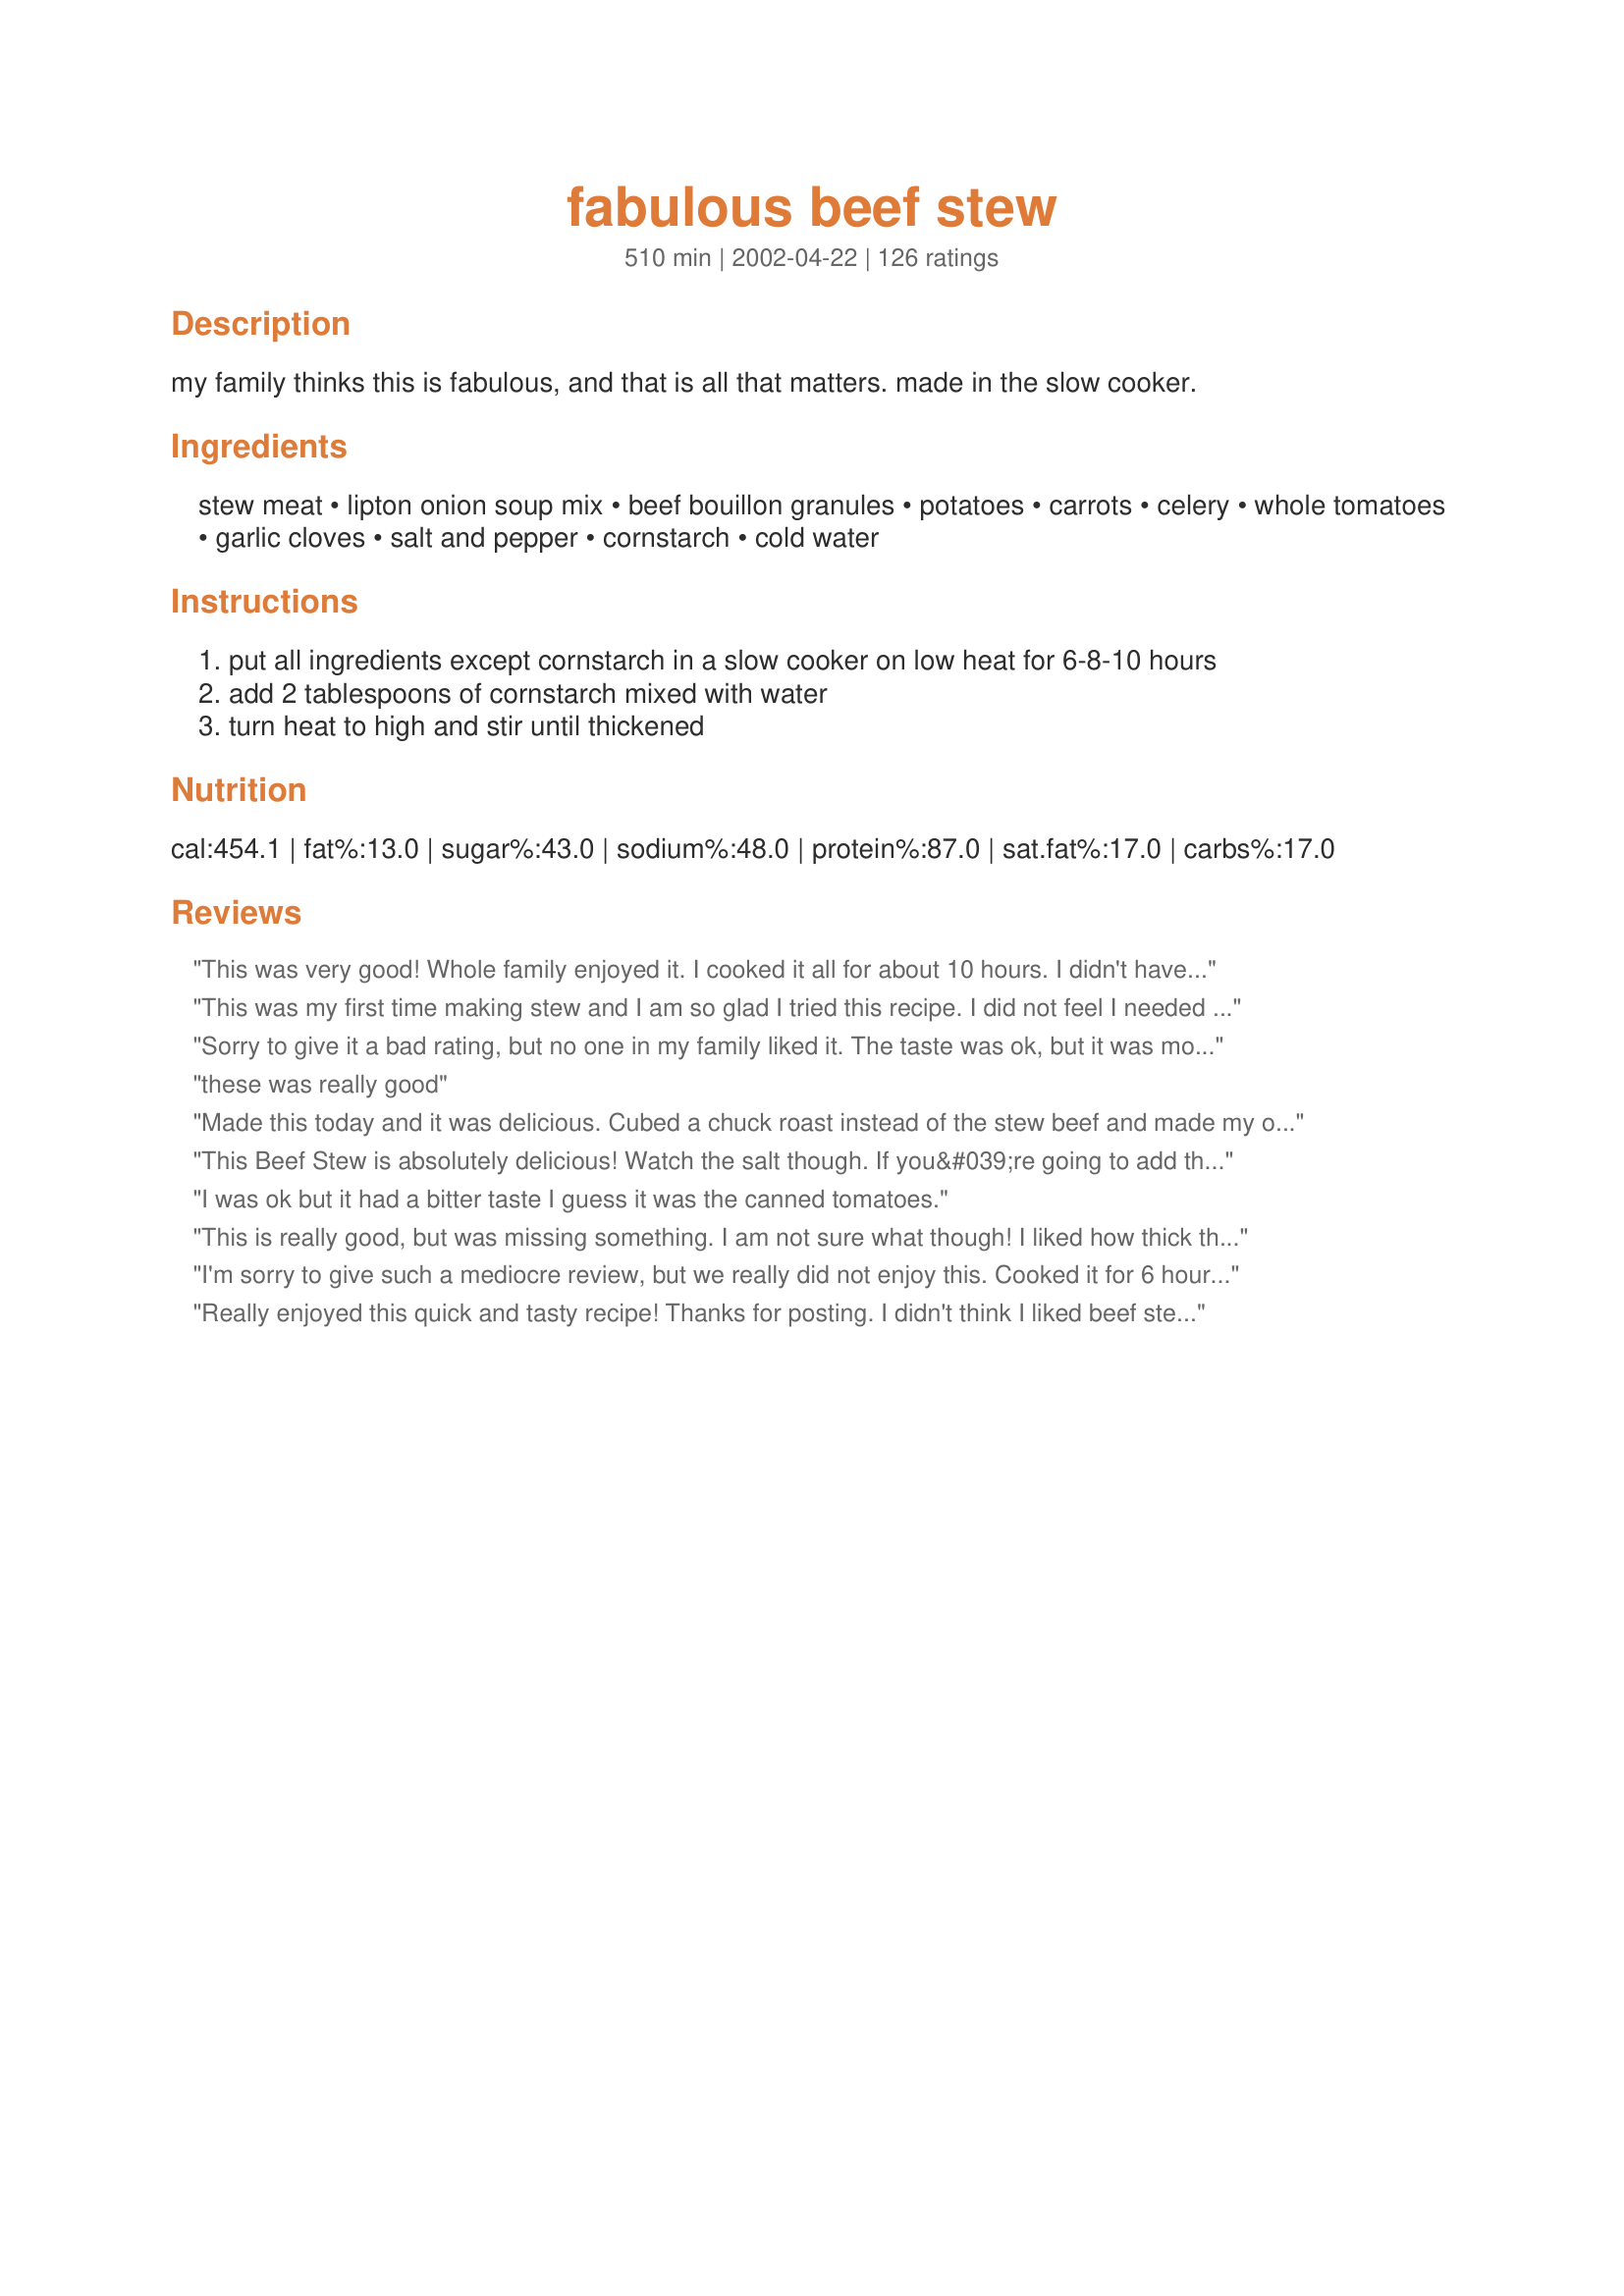
fabulous beef stew
Preparation time: 510 minutes

my family thinks this is fabulous, and that is all that matters. made in the slow cooker.

Ingredients:
stew meat, lipton onion soup mix, beef bouillon granules, potatoes, carrots, celery, whole tomatoes, garlic cloves, salt and pepper, cornstarch, cold water

Steps:
put all ingredients except cornstarch in a slow cooker on low heat for 6-8-10 hours
add 2 tablespoons of cornstarch mixed with water
turn heat to high and stir until thickened

Reviews:
This was very good! Whole family enjoyed it. I cooked it all for about 10 hours. I didn't have the beef bouillon granules so I used 1/2 cup of beef broth. I also used two 14.5 oz cans of diced tomatoes instead of the one can whole tomatoes. I left out the celery but that is just because I didn't have the time to chop it all up. Still was excellent. Thanks!
This was my first time making stew and I am so glad I tried this recipe. I did not feel I needed to add the cornstarch at the end, it was already the perfect consistency. I made Recipe #116185 with it and it was delicious. Thanks for posting, we will be making this again!
Sorry to give it a bad rating, but no one in my family liked it. The taste was ok, but it was mor like Veg beef soup in taste and color to me. I guess I will go back to making my tried and true version of stew..Glad others are enjoying it so much.
these was really good
Made this today and it was delicious. Cubed a chuck roast instead of the stew beef and made my own soup mix (see Recipe 110331-Homemade Dry Onion Soup Mix) instead of the Lipton's.
Very hearty and filling; perfect and complete meal for the winter months! Thank you for posting.
This Beef Stew is absolutely delicious! Watch the salt though. If you&#039;re going to add the entire package of onion soup mix don&#039;t add any more salt or the broth tastes too salty. This is my Slow Cooker Beef Stew recipe now. Won&#039;t use any other recipe!
I was ok but it had a bitter taste I guess it was the canned tomatoes.
This is really good, but was missing something. I am not sure what though! I liked how thick the sauce was, and overall it was a great soup for a cold winter day. Thanks for the recipe!
I'm sorry to give such a mediocre review, but we really did not enjoy this. Cooked it for 6 hours on low and the meat was very dried out. There was no liquid so all you really tasted was the tomato. Maybe if I were to make it again I would add some beef broth.
Really enjoyed this quick and tasty recipe! Thanks for posting. I didn't think I liked beef stew but this was really good. I did add a can of water to the ingredients because it seemed too dry otherwise. With the cornstarch added at the end it was perfect.
My husband and I love thick, hearty stews. This was a good one and best of all, I love that it's made in a crock-pot. Makes getting dinner ready so much easier. The onion soup gives it just the right amount of seasoning. I used a big 28 oz. can of tomatoes which seemed about right. Thanks Nurse Di. I love your recipes.
When I think of beef stew, this is it. It tastes just like the beef stew that comes out of a can (like Hormel) "only fresher" as my husband put it. It's pretty bland for my tastes, but I think that's what beef stew is supposed to be. I did use a can of diced tomatoes rather than whole tomatoes because that's what I had.
I LOVE this stew! Everything about it is YUMMY! I have made it with and without the cornstarch and I must say I think it taste much BETTER without it. I find that it gets thick enough from the startchy potatoes. I do add in a little garlic powder, an extra clove or 2 of garlic to give it a little boost and I some corn....other then that nada. This recipe is DEF. KEEPER! Thanks for this wonderful comfort food to keep us warm during the chilly months.
Thank you so much for this Fast, Easy and delicious recipe! Very little time or ingrediens but this is the most amazing stew I ever had, so easy and delish!...The only thing I changed was I floured the stew meat and browned in a frying pan with a little olive oil before adding to the crockpot. I will say in the beginning I was a little "scared" as the mixture was very salty (tasted before I added beef), but after 6 hours of cooking it was PERFECT!...the meat was so tender it fell apart...perfect stew for a cold night served with nice warm rolls! I have raved to all my friends and passed your recipe on to them!
Fantastic recipe! This comes out perfect. The soup mix is a wonderful addition.
Just what I was looking for and so easy too! I followed the recipe except I used a large can of tomato sauce instead of the can of tomatoes since my kids don't like the chunks of tomato in their stew. I also added some Orzo pasta at the end of cooking. I served this with southern cornbread and my kids loved it. Thanks!!!
This stew was amazing! The only change I made was using 1/2 the amount of tomatoes since DH is not a big fan. This was so easy to put together, will be making this again. Made for I Recommend Holiday Tag.
This was good and easy to make. I followed the recipe exactly as written other then I didn't add the celery and I used a can of crushed tomatoes instead of whole tomatoes. I also didn't need the cornstarch and water to thickened as mine thickened up nicely without it. This had a good taste to it. Mine cooked up in six hours.
This stew is so delicious and just perfect for the cool fall weather! Thanks!
My family really enjoyed this.It was pretty quick for a beef stew. I used a copycat onion soup recipee and I didnt have any fresh veggies so I added 3 cans of canned mixed veggies. It turned out fine. I was looking for a somewhat quick and easy meal that would be soft enough for my husband to eat.(he just had all his top teeth pulled.It worked great.The family loved and bragged on it. So thank you.As for myself I liked it but I thought the tomatoe soup flavor was a bit strong, so im going to try and thin that out a little the next time I make, which will probably be soon. It went great with homemade biscuits and butter.Thanks for all the great recipees I have made several of yours
Very good stew! This is the first time I've made beef stew from scratch and am very pleased with the result.Next time I will leave out the tomatoes(I don't care for them). I didn't add the cornstarch b/c DH doesn't like a lot of gravy. DDs both liked it too.Good stuff!!
+ 5 more stars...this was absolutely the best stew. Very flavorful. The only change I will make the next time is to double the recipe. Thanks!
Thanks for a great recipe. I followed some of the tips offered and added a can of Beef Broth rather than the bullion and used Fire Roasted diced tomatoes eliminating the seeds while adding flavor. I also added a couple of Bay Leaves, a cup of Merlot and a bit of Kitchen Bouquet. I also browned my meat first the day before since I was cooking some Chicken Fried Steak. I cooked mine on High for 7-8 hours and kept checking to make sure the potatoes were done. The meat was still tender (I added it after a couple hours) when the potatoes were done. I had cut them in quarters and they were the medium sized White potatoes which another reviewer had problems with. Still in the end they were tasty and everything was cooked properly. I did add the corn starch but since I had so much other extra liquid, I just took a half cup of juice from the pot and mixed in the starch and poured it back in for a half hour. It was perfect. Thanks again.
A truly great stew and will be a regular in our house. I did add an onion and about 2 tbl. of Kitchen Bouquet. Thanks NurseDi for sharing.
I made this the first cold night of the season, and it was perfect! I browned the meat before adding it to the crock pot - and it still took 8 hours to finish cooking on low. That was fine with me because my family likes the taste of a slow cooked beef stew. I think that next time I will use the larger can of tomatoes as other people have suggestions. Overall, this is a great recipe. Thanks so much!!
This is a great recipe! I&#039;ve made this stew several times and it&#039;s always a hit. I like to brown the stew meat in a pan after coating it with flour, paprika, and cumin before adding it to the crock pot. I also like to add a little cumin, hot chilli pepper, mushrooms, fresh green beans, and beef stock instead of granules. Yum! Happy cooking!
My family and I enjoyed this mouth watering stew. I put everything in the crock-pot Saturday morning. We went spent the day finishing up our Christmas shopping and when we got home that evening, we were greeted with an incredible smell. This stew produced soft, tender chunks of beef and vegetables. Heavenly thick and delicious broth. This is the only beef stew recipe for us. Thanks Nurse Di.
OMG!!! This stew is so yummy and was perfect for the cold, harsh weather we have been having. Very easy. I just put all the ingredients in the crock. I used a 28 oz. can of tomatoes and that was just right. Cooked all day. The meat was so tender and well seasoned. No other beef stew for us from now on. This is the one. Thanks Nurse Di.
So easy and so yummy! I did not make any changes and it was perfect. Thanks for sharing!
Excellent and easy recipe. I used diced canned tomatoes instead of whole tomatoes. Thanks for posting.
Very good and easy
Oh so yummy! The only things I did differently was to dredge the beef cubes in flour and brown them before adding to the mix, as a result it was thick enough the cornstarch was not needed. Oh, and I added a bay leaf. Thanks for posting!
Super recipe...quick to put together and fabulous taste...I used the smaller can of tomatoes as suggested by some of the other reviewers...we didn't have any leftovers...thanks for sharing this...it's a keeper.
This was quite delicious. I had to add a little more liquid but that was because my roommate brought home the wrong type of tomatoes. No biggie. I really liked this and served it with homemade cornbread. Will make again! Thanks for posting.
This is fabulous, and so forgiving. I had boiler onions, rutabaga, beef, potatoes, baby carrots, diced tomatoes, jarred chopped garlic, no celery, and only beef bullion cubes. This all still came together so well, and the broth was so rich. The veggies and meat were tender by the end of the day cooking, and they had such fanatstic flavor. I'll definitely be making this again this winter. I didn't use the cornstarch slurry, it was great without it. Thanks!!
I did the prep and cut up a giant pot roast into chunks so I could leave it in the crock pot over night/into the morning because I have a 3 hour class during the day and needed a good meal to bring to work for myself and fiance. I'll just say that even though I was rushing around the house (I was late as usual) the smell emitting from the kitchen stopped me in my tracks. This is my first real beef stew that I've made and it will be the last recipe I search for. So simple and not overbearing with tons of spices, etc. I love it! I'll ask my fiance to leave a review once he tries it tonight!
I added a can of cream of mushroom soup. This is a great stew slow cooked all day!
Awesome recipe. I made several adjustments, because of what I had in the pantry or to suit our personal tastes. Still it is a great basic stew recipe. We ate the leftovers for several days and my husband continued to rave about it to the very last drop.
Made this, wow what a stew!! I made a few subs. I also don't like whole tomoatoes so I used a 28oz can of crushed tomoatoes, and I didn't have onion soup mix (go figure!!) so I used 3 capfuls of onion and herb mrs. dash, and I added a can of corn at the last hour..my family loves corn in their stew. It turned out AMAZING! This recipe is by far the best we've had, even my 16 mo old loved it, and he is soo picky! THANK YOU for a great addition to my rotation!
Wonderful recipe! I dont like roast meat, but using it in this dish made it the best I ever had! It is the only way I will use up my roast from now on! I did make some adjustments per what I had on hand. I used a 15oz can of tomato sauce instead and also garlic powder instead of whole cloves. I doubles almost everything depending what fit in the crockpot! But this turned out to be the best I had. Kids loved it and Hubby loved it. This is a keeper!! Thank you!
Although I'm not a fan of beef stew, my family loves it. This was my first time making it from scratch and boy was it a huge hit! I will definately be making this again. Thanks for making me look like a great cook.
I made this for dinner and me and my wife loved it. I did not make it in a crock pot. I cooked the stew meat in minced onion and garlic cloves. Then brought it all to a boil for about 7 mins then down to a simmer for around 2 hours adding water as it boiled down. Also added a can of store bought corn as my family loves it. Great tasting stew.
I love this recipe - it is so easy and tasty and since I have started to make it I have gone on to repeat every two weeks or so. The only alteration I make is to replace the onion soup mix by slowly caramelizing two onions and adding two beef stock cubes. I do this in a seperate pan then just add it in - doesn't take too much longer. Thanks for posting - it truely is a fabulous beef stew.
This is a good, easy, basic stew recipe. I added about 1/4 c. of leftover red wine. The recipe really filled up my 6 quart slow cooker. I had to cook it the full 10 hours in order to get my meat and potatoes tender.
This recipe DOES have a fabulous flavor and was very easy. We followed the ingredients, except we added about 3/4 cup water and we used top round steak instead of stew meat since that's what we had on hand. We didn't add the water and cornstarch at the end either since it was thick enough for us. Oh, and we put in a can of beans instead of celery. We cooked it on the stove top for about 2.5 hours instead of crockpot. Served with cornbread. So yummy.
This was a very easy to prepare recipe for a family supper. The stew was ready in about 5 hours. Next time I will add a large can of tomatoes instead of a regular sized can and maybe reduce the amount of onion soup mix. Quite tasty for a one dish crockpot meal! Thank you for posting, NurseDi!
i love your recipes. this is another winner. my family liked it so much that i had to quadruple it today so there would be enough for seconds!! the house smelled wonderful. i used lots and lots of carrots, an onion, 4 or 5 celery, 2 envelopes of onion soup, 4 14oz. cans of stewed or cut up tomatos plus 6# of stew meat and the seasonings in your recipe. i ran out of room for potatos. this will be the only beef stew recipe i use from now on. thank you!!
this was super easy and the results were just what i was hoping for. added some diced butternut squash, did the rest as writen.
Yummy easy comfort dish! Used some diced tomatoes and bourguignon beef. Cooked for about 7 hours and the meat came out a bit dry. Would cook less next time! Thanks! :)
I've made this a few times now and it is always great. The only thing I change is the tomatoes ... I don't like whole tomatoes so I'll either run them thru the blender or buy the crushed. A big, heaping bowl of this and a piece of cornbread and you've got a meal fit for a king.
Very good and easy to make!
My husband and I both really enjoyed this recipe. In 10 years of marriage, I have never made beef stew. When I told him we were having beef stew for dinner, he assumed it would be from a can. Hah! I followed the recipe almost exactly, except that I used Lipton beefy onion soup mix instead of the soup mix plus bouillon and I added a little bit of red wine. I thought it was missing a little something (possibly the additional bouillon), but my husband loved it just as it was. I added some salt to my portion and that did the trick for me. I had not added any additional salt during the cooking. We are accustomed to lower sodium dishes, so I was afraid it would taste salty to us if I added more salt. This was super easy, and a great meal.
This recipe deserves more than 5 stars:). I let it cook for 10 hours in the crock-pot. We enjoyed it for lunch today. It was easy and so deliciuos. Thanks for posting.
Family liked this. Maybe a tiny bit to much tomatoe but fine. I added an onion an an extra clove of garlic. Peas would have been nice but none on hand. I cooked 5.5 hrs on high and added potatoes and celery after an hour or 2 of cooking and added carrots 45min before done added the corn starch mixture with only 30min left. Will make again might reduce tomatoes? Great comfort food for the snow storm we had!
I feel bad I haven't reviewed this recipe until now. I've probably made it a dozen times and needless to say LOVE it! I usually use golden yukon potatoes, and I leave out the cornstarch. It seems to get plenty thick on it's own after cooking all day in my crockpot. It tastes great with beer bread and a glass of red wine on a cold autumn day!! Thanks!
This was good. I omitted the celery and added some parsley. Otherwise, I followed the directions exactly.
This turned out really good. I doubled the potatoes and the tomatoes and also added some frozen green beans. Everyone ate it up, even my 2 year old.
Loved it. My very picky husband actually approved. I made it with one can of beef stock instead of bouillon. I used 6 potatoes, stewed tomatoes and didn't need the cornstarch, cold water. Yummy. Thank you.
Sorry but I just did not get excited over this recipe.
It had a very pronounced tomato taste and that was about all.
Even hubby thought it was just
mediocre.
Glad I tried it once.
Wonderful! This will be our stew choice from now on. Thanks!
For us, I would say 4 1/2 stars. The stew had great taste and we all liked it. I did have a problem with the potatoes not being cooked. I am not sure what happened there. I cut them into 3/4 " cubes and thought they might be mushy but no, they were still hard after 7 hrs on low. So, I picked them out and boiled them on top of the stove in the stew broth for a further 25 minutes and they never did get soft. I was using "white potatoes" from Prince Edward Island. No idea what happened there, but definitely not the fault of the recipe. I don't know why the last review was only 1*...this is definitely a very good stew. I will make this again but will use different potatoes next time. Thx so much.
Fabulous is the perfect word for this stew. I had to use a large can of crushed tomatoes - I didn't have whole ones, and I got a late start so I cooked it on high for approximately 5 1/2 hours adding dumplings for the last half hour. I also had to use frozen sliced carrots and I put those and cut up red potatoes in the microwave for about 10 minutes before adding them to the crockpot - mine never come out soft enough if I don't do that. I also added some brown sugar for our own taste. It was so thick I didn't have to thicken it at all. Everything was tender and delicious - loved by all. Thanks again NurseDi for another five star winner.
Fabulous indeed! And very quick to throw together, just plan ahead for long cooking time. I also made this on stove top and added some water, as I don't have a slow cooker.
ok started this out tomake for my daughter who is having back surgry friday and asked for cooked meals for her recovery.so i doubled the amt as to feed two houses mine and her's crock put wasnt big enough so had to use stove top. now there are those who would say this i shouldn't rate the recipe but it i'll go ahead I have never used lipton onion soup mix in beef stew and believe that is what amkes it fabulous. have 2 bags in freezer, cupfull in there to cover hubby and haveing two bowls tonight for dinner. thanks for a great recipe.will rerate when dear d eats hers.daughter loved hers so did we thanks again
Great recipe! I added chili powder and red pepper flakes. Turned out really well. Thanks
Good stuff. Next time I want to use less tomatoes.
This turned out great and couldn't have been easier! I tossed in a handful of frozen peas when I added the cornstarch for a little more color. Very Yummy!
I made this for dinner last night and loved it! I did make a few changes though. I added 2 packets of onion soup mix, 1 can of tomato soup, about a tablespoon of worchesthire sauce and a small onion which I diced up. It made a lot, which is nice because I have a few more meals for the week, which is when I'm very busy and don't have a lot of time to cook. Thanks for posting.
What a wonderful and easy recipe! My family really enjoyed this. Great for a cold winter night! I did add a 1/4 cup of red cooking wine. Didn't have celery so i added frozen green beans. only had 1 small can of stewed tomatoes so I added a small can of diced tomatoes. Didn't ned to add the cornstarch and water mixture as the consistancy was just perfect as is. Made some french bread (Recipe #46501)
long with this! waht a great dinner! Thank you so much, this recipe will be used over and over again!
I've made a lot of stews in my time. This is my new favorite. I think it's the thickness at the end. It's JUST squishy enough...not too squishy. :)
Excellent. This has become the only recipe I use for stew. The whole family loved it. Thanks for sharing NurseDi.
Appropiately named! This beef stew IS fabulous, in both simple to make and wonderful flavor. I've had a lot of flops when it comes to beef stew and this was finally a victory. My kids and I loved it. Your recipe will be a main-stay for us.
This is far too tomatoey and bland for our tastes. The one packet of Lipton Onion Soup Mix didn't give it near enough flavor. I'm really surprised this recipe has so many fans. It was more palatable the second day according to my husband.
This was so good. Quick and easy.
Served with salad and hot biscuits. 

Thanks NurseDi.

Bullwinkle
Delicious! My family is generally not really fond of most stews. When a friend gave us stew meat already defrosted, I hated the thought of wasting it and tried this stew. They loved it and ate it up eagerly. Will definitely become a repeat recipe in our home!
Yum! This is a wonderful beef stew recipe and so easy! Even my family members who don&#039;t care for beef stew love this. I have made this with venison and no one knows the difference ;)&lt;br/&gt;Thanks for this wonderful comfort food recipe!
This made a very tasty dinner on a cold night. It made the house smell wonderful when we walked through the door. Thank you so much for the recipe
So easy, very few ingredients (for a stew) and delish!
Yes, this is fabulous beef stew! Beef stew has always seemed hit or miss to me but this is the best that I have had and we really enjoyed it. I left out the cornstarch (by accident) and that is the only thing that would have made it better.
Excellent! My dh is picky about beef stew and he loved it, so that's saying a lot LOL! Very easy to prepare, gotta love crock pots! I followed the recipe mostly, but only used a 14 ounce can of diced tomatoes (was all I had) and didn't have have the granules so I used a cup of beef broth instead. I also added a bay leaf. I found that I cooked it on low for 6 hours and the veggies were still a touch crisp, so I turned it to high for the last 2 hours and that was perfect, thanks!
This was so good! I wasn't sure if I'd like the tomatoes in it or not, so I just used a 14 oz can of diced tomatoes instead of the 28 oz can. I'll do the same thing next time. I love that this is a crockpot recipe; it makes it a lot easier and the house smells good while it's cooking. Thanks for sharing this great recipe!
This is amazing my family enjoyed it. Thank you for sharing. It made the house smell amazing.
I'm really sorry to say, but this was not good. I was looking for a simple beef stew recipe and thought this would fit the bill, but it did not. As many of the other reviews stated, it's too tomato-y--it reminded me of that quick weight loss soup with the cabbage and onion and tomatoes...gross. I added lots of other stuff to this one to make it palatable, and will not be making it again. The stew I typically make has a tomato juice base, and it does not turn out nearly as acidic as this one, so I'm guessing the canned tomatoes are just not my thing.
Something must be wrong with hubby's and mine taste buds. we did not like.Followed exact recipe.
Will not make again, have tasted much better stews. Glad so many other enjoyed.
This is a keeper for our family. I was pleasantly surprised at how much flavor this stew had. My family loved it! Kudos!!
Excellent Stew did not add the flour original consistency was how we liked it. Will use a little less onion soup next time kinda salty. Otherwise, great flavor and so filling! Thanks
This stew was just okay for DH and I. I loved that it was just chop and throw into the crockpot, and the meat was certainly tender, but I thought the taste was somewhat lacking. Also, there was almost no juice for me to mix with the slurry mixture at the end, so i had to add some more broth to do so (my crockpot doesn't run hot either!). Thanks for posting chef
Good simple recipe. My family and I liked it but had a bit too much tomato for my taste so next time ill adjust it.
This was pretty good, one of the best beef stews I have had in a while... I might ad some butternut squash next time and change the individual portions a little, but all in all pretty good, thank you!
This was great stew, made it the other day and shared it with B & SIL, everyone loved it and asked for more so next time I will double the reciepe. Thanks for posting
This was good but a little too much tomato flavor for my family's taste. Thanks for sharing the recipe.
I have a whole bunch of stew meat in the freezer, so I have been on the look out for a great stew recipe, and believe me I have found it. This stew was so good. I had my parents over for dinner tonight, and they just loved it!!! As a nursing student I'm always looking for great crockpot recipes that I can put on before I leave for class. I will definitely be making this again....and again!! Thanks.
Thank you NurseDi for a great recipe...Definately a keeper....
This is great and so easy! I was out of canned tomatoes, but had half a package of dried tomatoes which I used along with 2 cups of water. A bit sweeter than using just regular tomatoes but good anyways! Thanks for sharing!
I love this recipe! I have had the hardest time finding a recipe that is just simple and tastes great and it really doesn't get more simple or tastier than this! I was a little nervous at first because it is pretty much all chunks and no liquids at first, but as it cooks and the vegetables sweat, the tomatoes break apart you have this perfect broth. I added about 1/4 tsp each of basil, sage and thyme to offset the salty flavor (I may have added too much bouillon..hehe) and it worked out perfectly. I didn't add the cornstarch and water because it was perfect for me without it. Thank you so much, this is my new standard stew recipe.
I liked this stew. However, next time I make it, I will be sure to get the seeds out of the canned whole tomatoes. I really didn't like the texture of them.
WOW! I think this is the best recipe for beef stew I have ever tasted. I followed the recipe except for the cornstarch, which I realized I did not have, so I blended a few of the cooked potatoes together and added those for thickness. My DH had THREE bowls! This will be the only beef stew recipe in my house! Thanks!
This was quite good and very easy. I too added a can or so or beef broth to the stew. I don't think there would have been enough liquid without it.
This was sooooo easy and a BIG hit!! Great flavor. I cooked exactly like the recipe. I served with cornbread and the family loved it!
Super easy, just throw it in the crock pot and off you go. DH doesn't really like stews, so he wasn't impressed. I, however, enjoyed it. Meat was very tender and the flavor was yummy. Missing something, I don't know what, but overall, I'll definitely hold onto it for these chilly winter nights.

ETA: Made this again tonight and the flavor was fabulous. Changes: I used the Copycat Lipton Onion Soup mix recipe here on zaar. Instead of 28 oz whole tomatoes, I used what I had in my cabinet (1 can of plain diced and 1 can onion & pepper diced). Absolutely fabulous and I forgot to do the cornstarch slurry. Oh well. Served with cornbread muffins. THANKS! :)
The BEST!! I am amazed that something so easy could taste this good. I made your stew yesterday and it was most delicious. We just finished off the left-overs and it was even better today. Others have said thick and chunky--well that about sums it up. Thanks Nurse Di.
Perfect! Some substitutions: I used 1.75 lbs stew meat, 3 large red potatoes, baby carrots, 2 cans of diced tomatoes, and 2 tsps garlic powder. Cooked it on low for 4 1/2 hours and then on high for 2 hours... it could have cooked longer, but it smelled so good that we couldn't resist! The flavor was amazing and the grazy was super yummy!
Followed recipe exact. And it just didnt do it for me and my family. Too much tomato or onion soup/beef powder or something. Tasted like chucky vegetable soup with beef. But I can totally see others liking it. It cooked just right. Looked great. Smelled great. Just not for us.
Fabulous is just the right word to describe this stew. I made it last weekend when my parents were here. We all thought it tasted yummy. Chunky with a thick broth. Great seasonings too. Thank you.
I thought this was a great recipe. It was so simple. I started it first thing in the morning and cooked it all day. The only thing I did differently was add to water at the beginning of cooking. Then I used the liquid in the crock pot mixed with cornstarch to thicken the stew. Will definitely make again!
We did this recipe twice- once without and with a cup of cherry wine (just bought from the grocery) and it made a huge difference. The secret of course to all slow cooking is the length of time you leave it simmering. Thanks for this !

Polar Bear
I'm INCREDIBLY picky. My wife tries to make me different dishes all the time, but I just don't enjoy some of them. This was different, MUCH different. This stew was DELICIOUS! I ate it two days in a row and would have for three if we hadn't run out!

Excellent for these cold winter New England days. Amazing!
We Loved this stew! I did omit the celery and added a can of beef broth and tomato soup and it turned out EXACTLY like the stew my mom made for years and years and I never thought I'd see it again...until yesterday...Thank You NurseDi!!! I love all your recipes but am especially grateful for this one!!
What a great stew! I did add a can of beef broth but that is only because my mom always told me there needed to be liquid in order for the slow cooker to work right and a can of tomatoes didn't seem like enough. I do think the flavor of this stew was to die for either way. I love the addition of tomatoes which I had never done before and although I was leery I am so happy I did. My DH has told me this is the only beef stew I am allowed to make anymore and well that alone made it a 5 star recipe. Thank you so much!!
This was okay, but not fantastic. I did like how easy it was to make and the simple ingredients, but the taste was not great. Everyone ate their portion, but didn't want any more. I was told I don't need to make this again. So there is my family's review. Thanks for sharing anyway.
I can't believe I haven't reviewed this recipe yet, we have it all the time! We love this stew, and I've tried many different recipes. The only change is that instead of a can of whole tomatoes, I use diced tomatoes. Thank you for many many happy dinners!
Fabulous says it all! It was right on and tasted perfect. I must admit I used a can of beef broth instead of bouillon (I didn't have any) and added green beans and half a can of corn (family request). I'll never go back to my previous way of making stew. We loved the addition of whole canned tomatoes (used Hunt's brand with basil). Thanks for posting this. It's already been added to my tried and true cookbook.
Just a comment, since I (unfortunately) altered the recipe. Do NOT, as one poster suggests, substitute a 28 oz. can of crushed tomatoes, unless you want a beef stew that tastes like spaghetti sauce. I will probably try this recipe again, since it is so highly rated, but the crushed tomatoes idea made this stew inedible to us.
I am new to the cooking world and was so nervous while making this stew. It seemed so easy I knew it couldn't possibly taste good, but it was wonderful... Even my "stew hating" son liked it. My husband who never finishes his food had two bowls. I made it exactly as the recipe stated except for the cornstarch at the end...it was already thick enough for our taste....Great Recipe!
We loved this! My hubs is mopping up the leftover gravy with a piece of bread as we speak. I followed this exactly up until the part that says use whole tomatoes. I accidently dumped in a whole 28 ounce can of crushed tomatoes and so because of that I left out the water and cornstarch because it was plenty thick and rich.

I used russet potatoes, carrots, and parsnips. next time I might through some peas in there right at the end of cooking.

this was so easy and absoutely delicious. It really was a one pan dish with very little clean up. It just started to get chilly here so this was a great comfort to come home to.
This stew was easy & delish! I'm picky about beef stew, but this one hit the spot. The changes I made were to use extra garlic, used tomatoes with basil, added frozen peas the last hour & topped with parmesan cheese when serving. Had to put the crock on high the last hour and a half cuz the potatoes didn't seem done... maybe I cut `em too big? Next time I will add an onion tho, cuz the soup mix doesn't really give it any onion flavor. Thanks for a keeper, ratherbeswimming!
Great everything about this recipe.While preparing it I thought it was going to be weird because of the tomato but once it came out and I gave it a taste I realized that is what made it taste so good.This will be a life saver when in a rush.
So easy and so good! Next time I will use a bit less tomatoes as it was a little too "tomato-y" for my taste. Ate it with crusty bread and a salad. Yum!
Hey this was to "DI" for!!!!! LOL....I also added an onion and when I came home from work I found I had 2 additional kids for dinner so I added a can of corn and a can of peas to stretch a little. Served it over corn bread and EVERYONE had seconds. Thanks DI for this great additon to my repritoire of "comfort" foods!
Very simple and good recipe. The first bite I took I thought it was good, but the more I ate I thought it was better and better! I had two bowls. My husband, who will not eat soup at all, also had two bowls. The only thing different I added was 2 tablespoons of Kitchen Bouquet, just because I wanted it to be a little darker colored, and about a half a can of peas. The peas didn't really add anything but color, and next time I won't use them. Thanks for the great recipe!
You cannot get any easier than this. A perfect stew on a cold winter night!
This is a great stew! I didn't have time for the slow cooker, so I did it on the stove. First, I browned the beef because I prefer the richness browning adds to the sauce, then I added the rest of the ingredients except the potatoes and I added some cilantro because we love it. Simmered 2 hours, added the potatoes and simmered for about 45 minutes longer. The sauce was thick enough that the cornstarch wasn't necessary. Hearty and delicious. Perfect for a rainy winter night!
I've been looking for the perfect stew recipe, here it is. The onion
soup mix gives it a wonderful sweet flavor. Thanks for posting

My husband wouldn't stop talking about how good this was! I wouldn't change a thing about this recipe.
This beef stew was delicious! I cooked it on warm/low for 11 hours. The potatoes (baking) were firm so I was afraid they were going to be hard, but they were definitely cooked all of the way through and added a great texture. I added frozen peas, diced onions, and barley and it turned out great! My husband thought it was the perfect stew consistency! Thanks for a great recipe!
This stew recipe tasted so good. I don't know what I would do without Lipton's Onion Soup Mix. It really adds some incredible flavor. The broth was good and thick. We ate it after cooking for 6 hours on low because we just couldn't stand it any longer. The smell made us weak. My husband and I give this high marks. Thanks Nurse Di.
